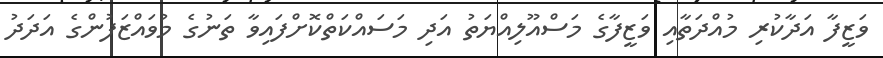
ވަޒީފާ އަދާކުރި މުއްދަތާއި ވަޒީފާގެ މަސްއޫލިއްޔަތު އަދި މަސައްކަތްކޮށްފައިވާ ތަނުގެ މުވައްޒަފުންގެ އަދަދު